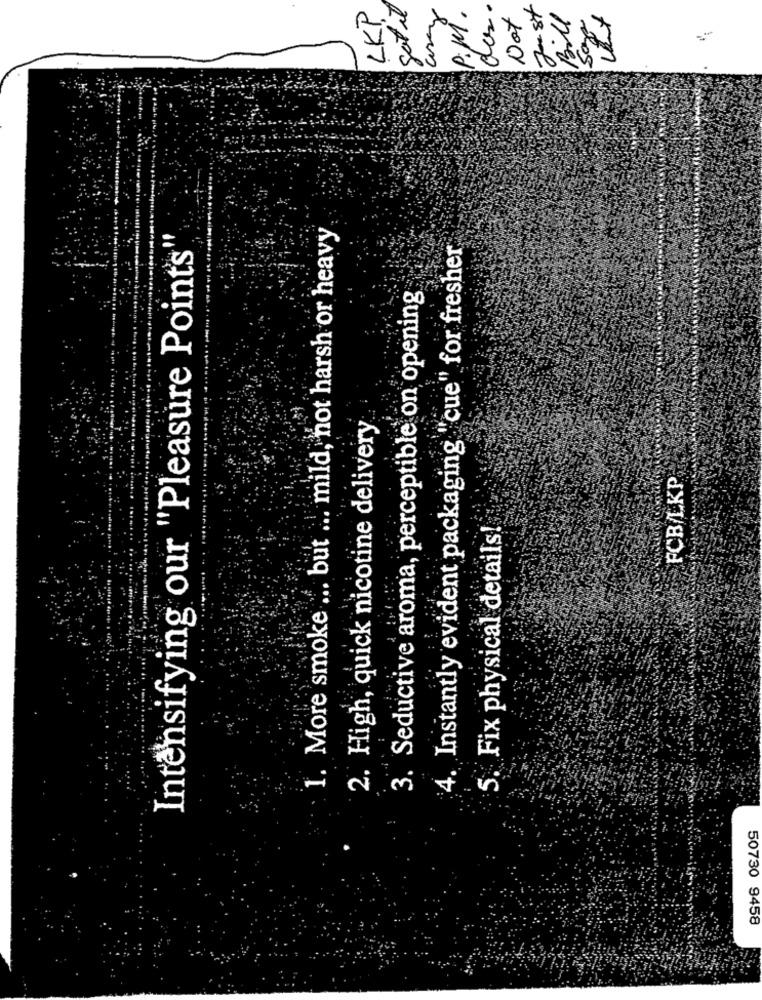
LKP
got it
das.
Jeust
P.M.
Not
Bill
1. More smoke ... but ... mild, not harsh or heavy
Intensifying our "Pleasure Points'
4. Instantly evident packaging "cue" for fresher
3. Seductive aroma, perceptible on opening
2. High, quick nicotine delivery
FCB/LKP.
5. Fix physical details!
50730 9458